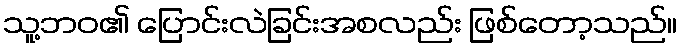
သူ့ဘဝ၏ ပြောင်းလဲခြင်းအစလည်း ဖြစ်တော့သည်။